Civil Veterinary Dept. Assam report 1927-50 - 1927-1950
Year: 1927
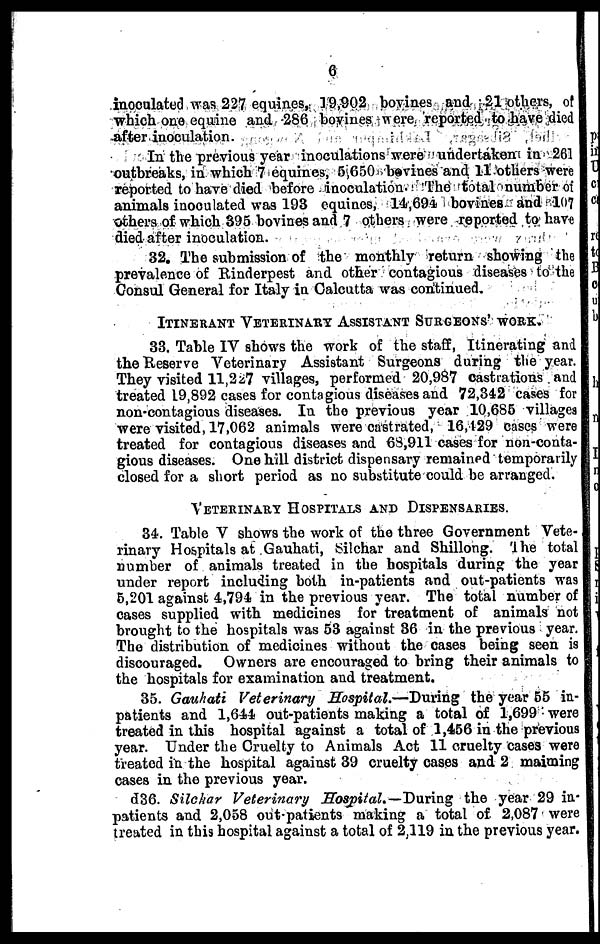
6
inoculated was 227 equines, 19,902 bovines and 21 others, of
which one equine and 286 bovines were reported to have died
after inoculation.
In the previous year inoculations were undertaken in 261
outbreaks, in which 7 equines, 5,650 bovines and 11 others were
reported to have died before inoculation. The total number of
animals inoculated was 193 equines, 14,691 bovines and 107
others of which 395 bovines and 7 others were reported to have
died after inoculation.
32. The submission of the monthly return showing the
prevalence of Rinderpest and other contagious diseases to the
Consul General for Italy in Calcutta was continued.
ITIENRANT VETERINARY ASSISTANT SURGEONS' WORK.
33. Table IV shows the work of the staff, Itinerating and
the Reserve Veterinary Assistant Surgeons during the year.
They visited 11,227 villages, performed 20,987 castrations and
treated 19,892 cases for contagious diseases and 72,342 cases for
non-contagious diseases. In the previous year 10,685 villages
were visited, 17,062 animals were castrated, 16,129 cases were
treated for contagious diseases and 68,911 cases for non-conta-
gious diseases. One hill district dispensary remained temporarily
closed for a short period as no substitute could be arranged.
VETERINARY HOSPITALS AND DISPENSARIES.
34. Table V shows the work of the three Government Vete-
rinary Hospitals at Gauhati, Silchar and Shillong. The total
number of animals treated in the hospitals during the year
under report including both in-patients and out-patients was
5,201 against 4,794 in the previous year. The total number of
cases supplied with medicines for treatment of animals not
brought to the hospitals was 53 against 36 in the previous year.
The distribution of medicines without the cases being seen is
discouraged. Owners are encouraged to bring their animals to
the hospitals for examination and treatment.
35. Gauhati Veterinary Hospital.—During
the year 55 in-
patients and 1,644 out-patients making a total of 1,699 were
treated in this hospital against a total of 1,456 in the previous
year. Under the Cruelty to Animals Act 11 cruelty cases were
treated in the hospital against 39 cruelty cases and 2 maiming
cases in the previous year.
636. Silchar Veterinary Hospital.—During
the year 29 in-
patients and 2,058 out-patients making a total of 2,087 were
treated in this hospital against a total of 2,119 in the previous year.